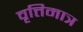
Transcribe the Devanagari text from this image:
वृत्तिमात्र